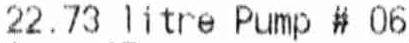
22.73 LITRE PUMP # 06